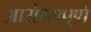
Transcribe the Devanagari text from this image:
आरोग्यपूर्ण